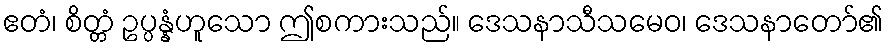
ဧတံ၊ စိတ္တံ ဥပ္ပန္နံဟူသော ဤစကားသည်။ ဒေသနာသီသမေဝ၊ ဒေသနာတော်၏